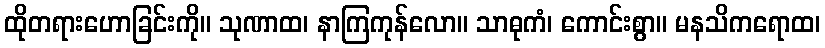
ထိုတရားဟောခြင်းကို။ သုဏာထ၊ နာကြကုန်လော။ သာဓုကံ၊ ကောင်းစွာ။ မနသိကရောထ၊